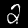
Digit: 2